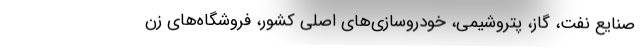
صنایع نفت، گاز، پتروشیمی، خودروسازی‌های اصلی کشور، فروشگاه‌های زن